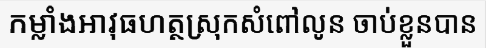
កម្លាំងអាវុធហត្ថស្រុកសំពៅលូន ចាប់ខ្លួនបាន